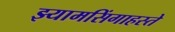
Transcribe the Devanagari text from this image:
झ्यामसिंगाहस्ते